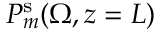
P _ { m } ^ { \mathrm { s } } ( \Omega , z = L )